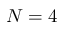
N = 4